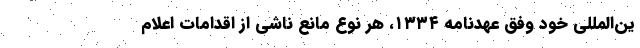
ین‌المللی خود وفق عهدنامه ۱۳۳۴، هر نوع مانع ناشی از اقدامات اعلام